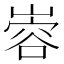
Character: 𫶎